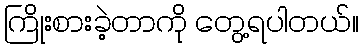
ကြိုးစားခဲ့တာကို တွေ့ရပါတယ်။